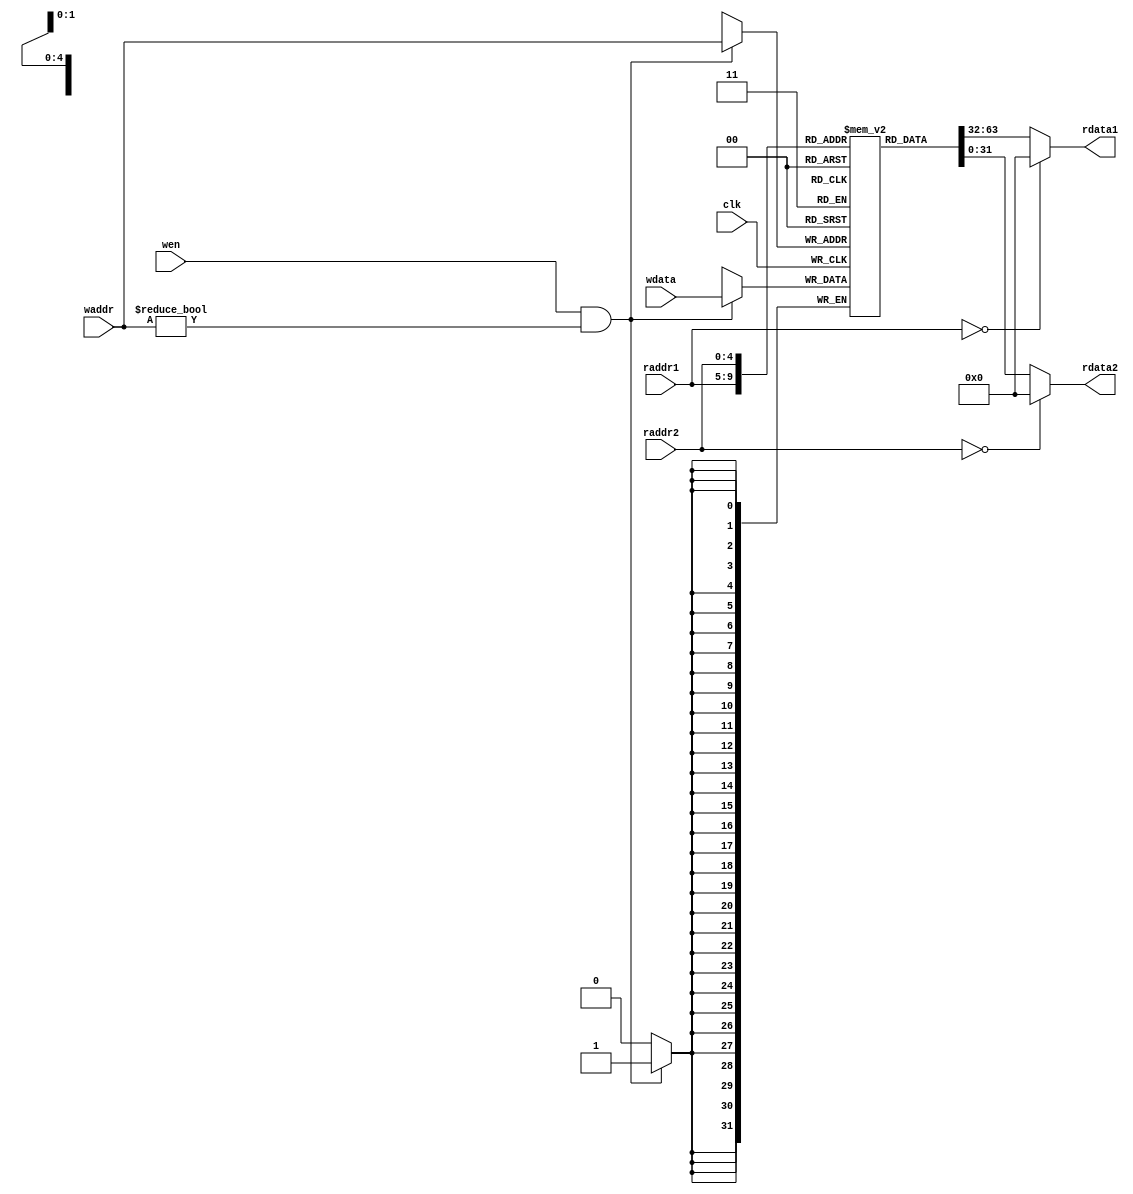
`timescale 10 ns / 1 ns

`define DATA_WIDTH 32
`define ADDR_WIDTH 5

module reg_file(
	input                       clk,
	input  [`ADDR_WIDTH - 1:0]  waddr,
	input  [`ADDR_WIDTH - 1:0]  raddr1,
	input  [`ADDR_WIDTH - 1:0]  raddr2,
	input                       wen,
	input  [`DATA_WIDTH - 1:0]  wdata,
	output [`DATA_WIDTH - 1:0]  rdata1,
	output [`DATA_WIDTH - 1:0]  rdata2
);

	// TODO: Please add your logic design here
	
	reg [`DATA_WIDTH - 1:0] rf [31:0];
	
	always @ (posedge clk) begin
		if (wen != 0 && waddr != 0)
			rf[waddr] <= wdata;
	end

	assign rdata1 = (raddr1 == 0 ? 32'd0 : rf[raddr1]);
	assign rdata2 = (raddr2 == 0 ? 32'd0 : rf[raddr2]);

endmodule